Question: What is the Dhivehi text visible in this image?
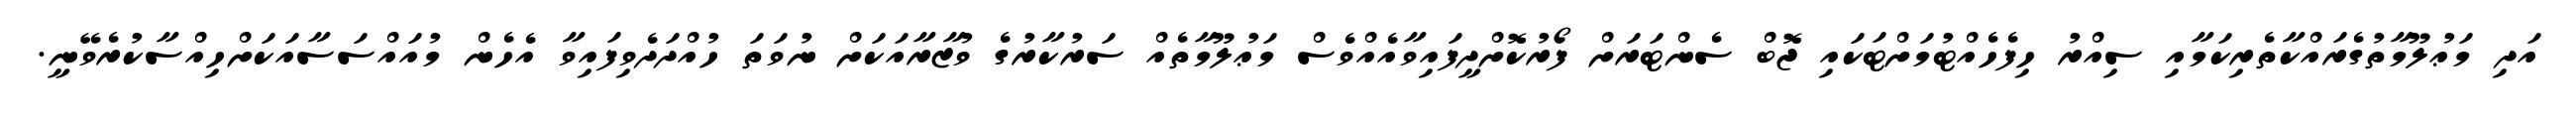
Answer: އަދި މަޢުލޫމާތުގެރައްކާތެރިކަމާއި ސިއްރު ހިފެހެއްޓުމަށްޓަކައި ޖޮބް ސެންޓަރަށް ފޯރުކޮށްދީފައިވާއެއްވެސް މަޢުލޫމާތެއް ސަރުކާރުގެ ވުޒާރާއަކަށް ނުވަތަ ހުއްދަދެވިފައިވާ އެހެން މުއައްސަސާއަކަށްހިއްސާކުރެވޭނީ.